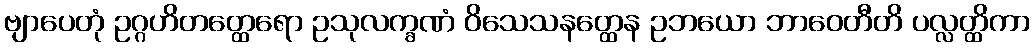
ဗျာပေတုံ ဥဂ္ဂဟိတတ္ထေရော ဥသုလက္ခဏံ ဝိသေသနတ္ထေန ဥဘယော ဘာဝေတီတိ ပလ္လတ္ထိကာ